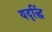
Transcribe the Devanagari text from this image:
यदृद्धिं